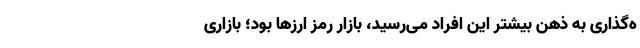
ه‌گذاری به ذهن بیشتر این افراد می‌رسید، بازار رمز ارزها بود؛ بازاری